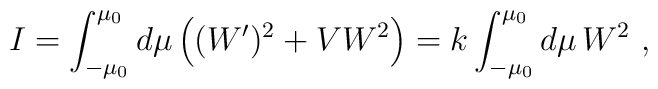
I=\int^{\mu_0}_{-\mu_0} d\mu \left((W')^2 +V W^2 \right)=k\int^{\mu_0}_{-\mu_0} d\mu\, W^2\ ,